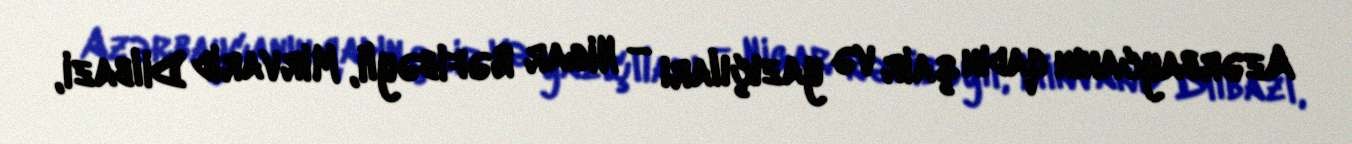
Azərbaycanın qadın şair və yazıçıları — Nigar Rəfibəyli, Mirvarid Dilbazi,